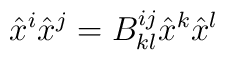
\hat{x}^{i}\hat{x}^{j}=B^{ij}_{kl}\hat{x}^{k}\hat{x}^{l} \nonumber